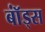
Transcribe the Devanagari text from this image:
बॉंड्स